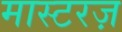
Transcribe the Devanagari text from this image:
मास्टरज़